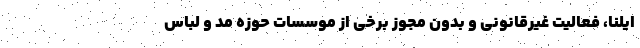
ایلنا، فعالیت غیرقانونی و بدون مجوز برخی از موسسات حوزه مد و لباس